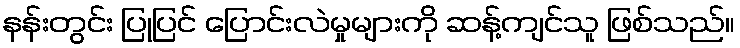
နန်းတွင်း ပြုပြင် ပြောင်းလဲမှုများကို ဆန့်ကျင်သူ ဖြစ်သည်။